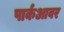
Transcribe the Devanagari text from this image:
पार्कआवर